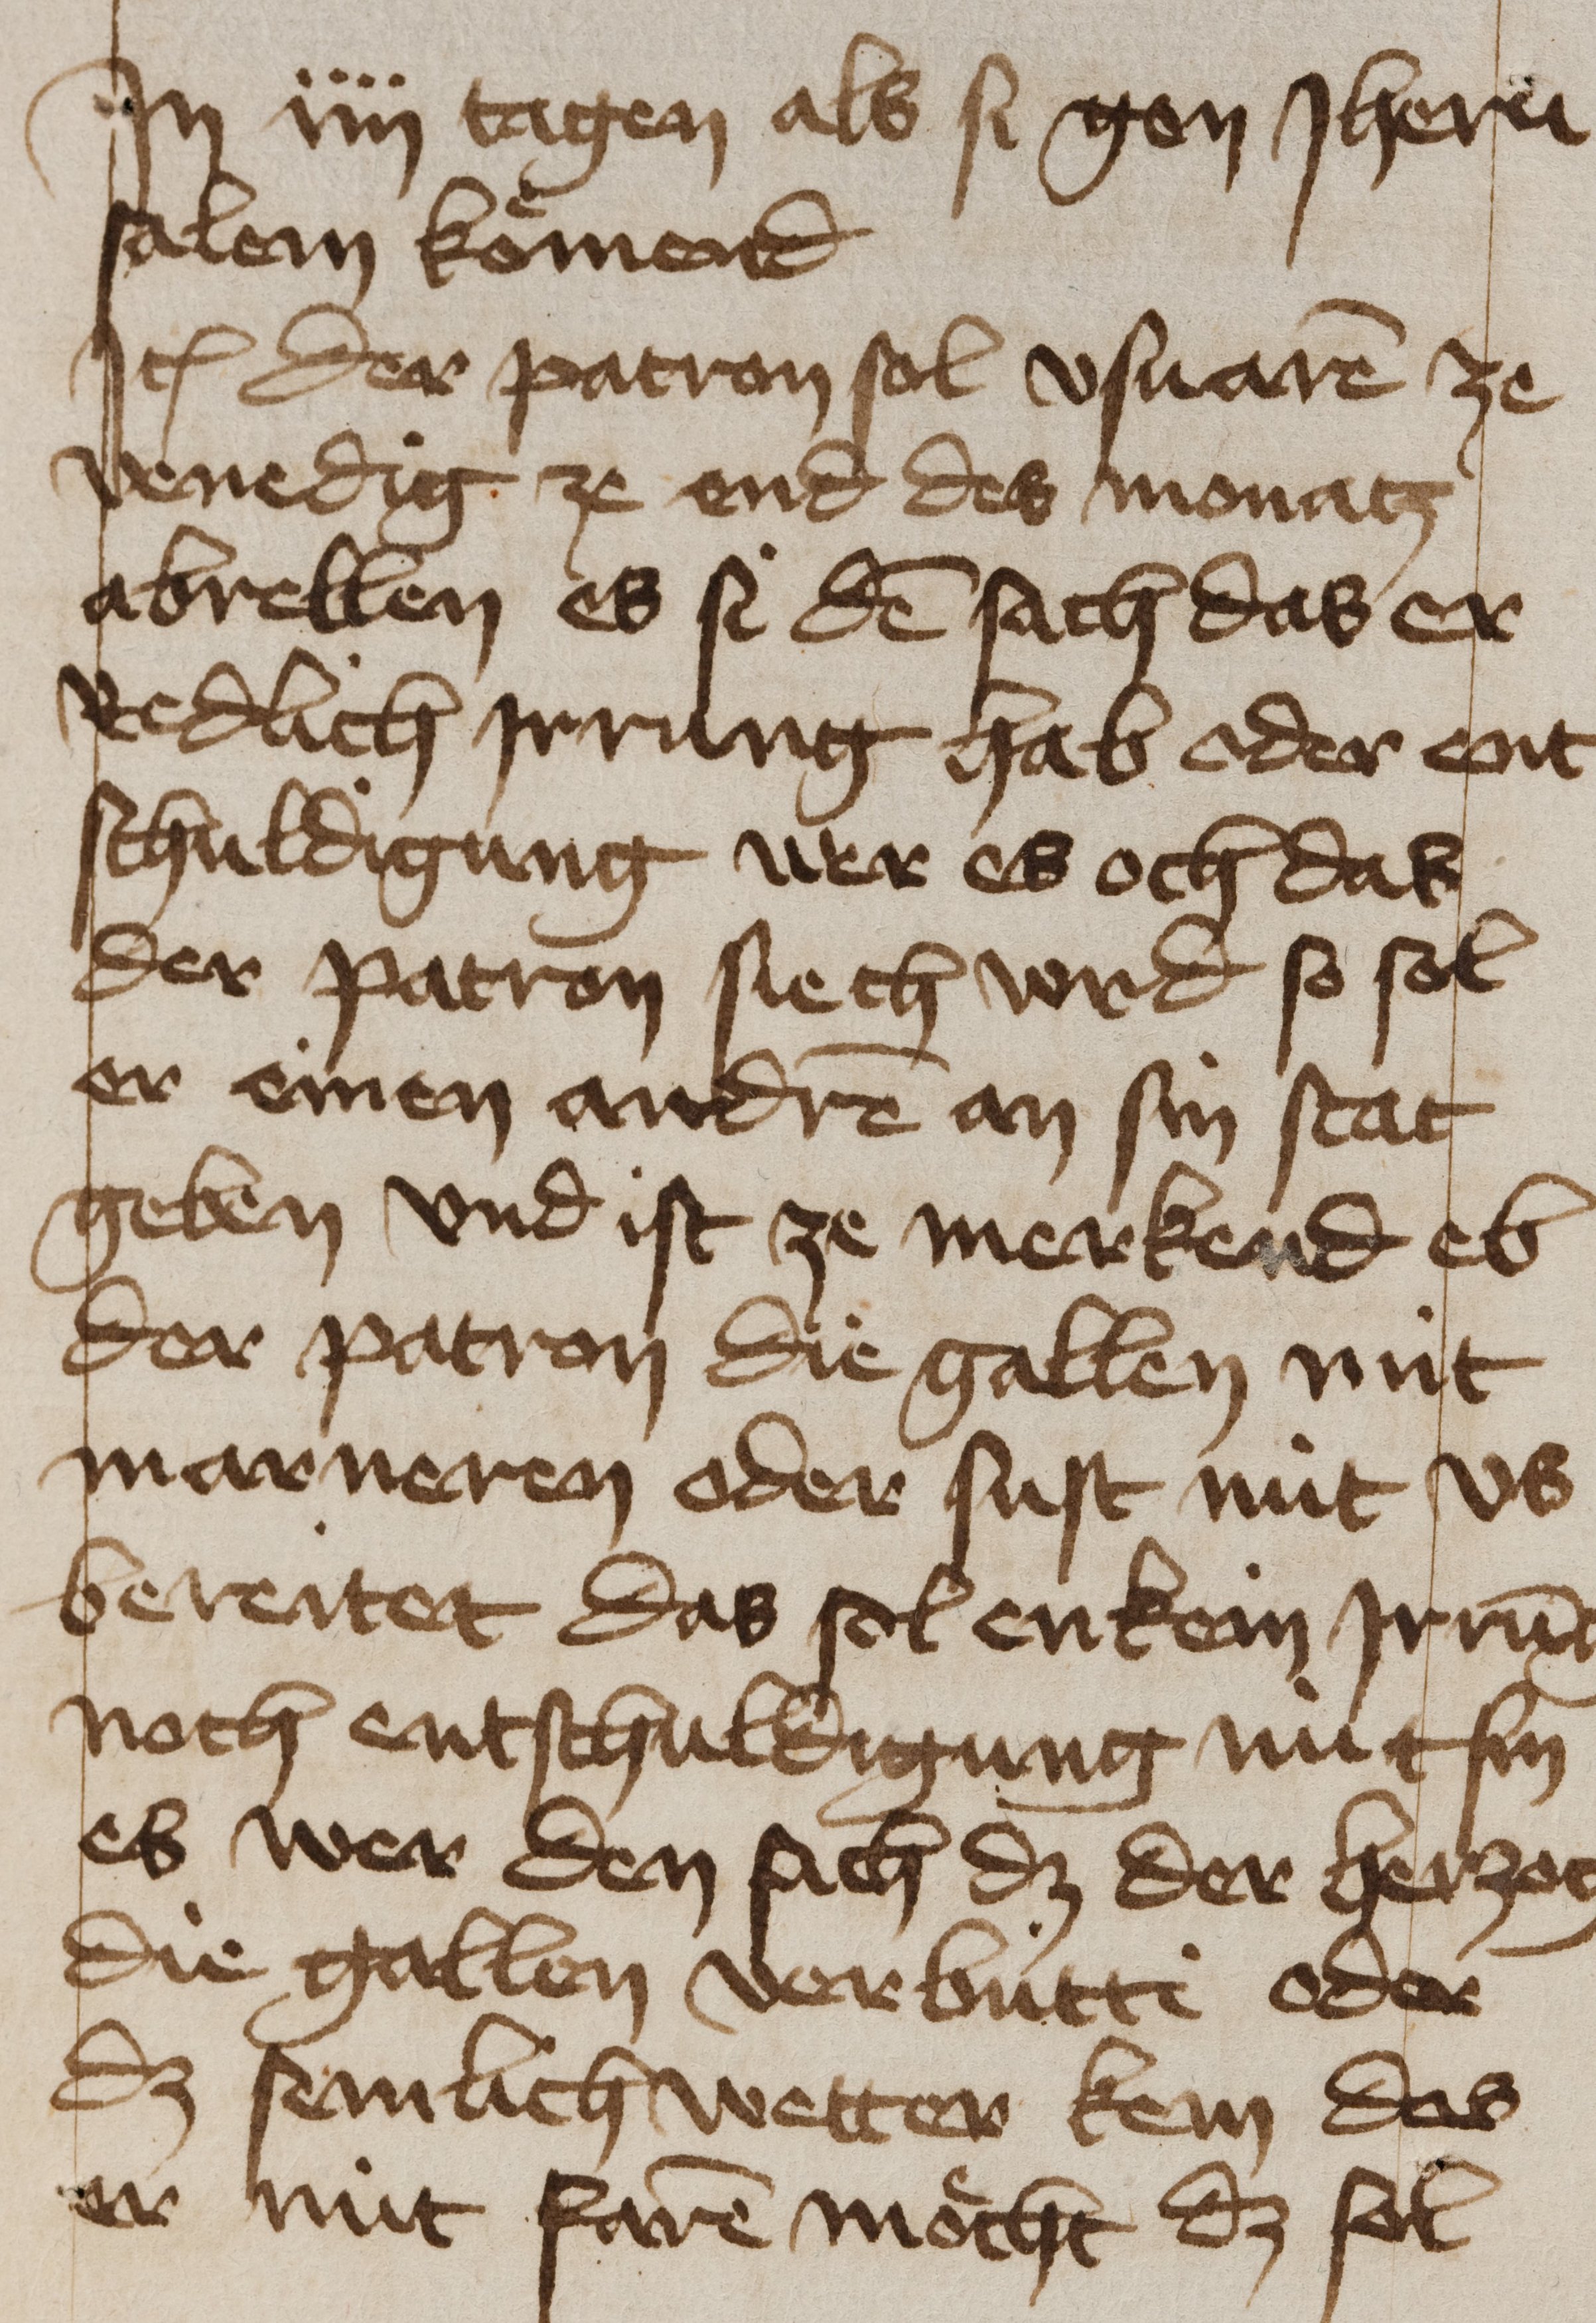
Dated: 1435–1475